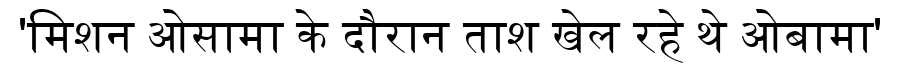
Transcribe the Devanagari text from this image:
'मिशन ओसामा के दौरान ताश खेल रहे थे ओबामा'